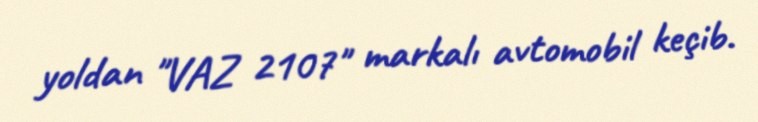
yoldan "VAZ 2107" markalı avtomobil keçib.